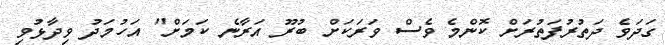
ގަދަވެ ދަތުރުފަތުރަށް ކޮންމެ ވެސް ވަރަކަށް ބުރޫ އަރާނެ ކަމަށް" އަހުމަދު ވިދާޅުވި